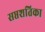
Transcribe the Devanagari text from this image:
सप्तशतिका